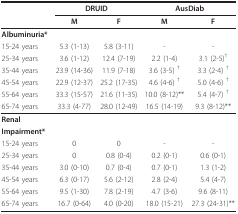
|  | <COLSPAN=2> DRUID | <COLSPAN=2> AusDiab |
 |  | M | F | M | F |
 | --- | --- | --- | --- | --- |
 | Albuminuria* |  |  |  |  |
 | 15-24 years | 5.3 (1-13) | 5.8 (3-11) | - | - |
 | 25-34 years | 3.6 (1-12) | 12.4 (7-19) | 2.2 (1-4) | 3.1 (2-5)† |
 | 35-44 years | 23.9 (14-36) | 11.9 (7-18) | 3.6 (3-5) † | 3.3 (2-4) † |
 | 45-54 years | 22.9 (12-37) | 25.2 (17-35) | 4.6 (4-6) † | 5.0 (4-6) † |
 | 55-64 years | 33.3 (15-57) | 21.6 (11-35) | 10.0 (8-12)** | 5.4 (4-7) † |
 | 65-74 years | 33.3 (4-77) | 28.0 (12-49) | 16.5 (14-19) | 9.3 (8-12)** |
 | Renal |  |  |  |  |
 | Impairment* |  |  |  |  |
 | 15-24 years | 0 | 0 | - | - |
 | 25-34 years | 0 | 0.8 (0-4) | 0.2 (0-1) | 0.6 (0-1) |
 | 35-44 years | 3.0 (0-10) | 0.7 (0-4) | 0.7 (0-1) | 1.3 (1-2) |
 | 45-54 years | 6.3 (0-17) | 5.6 (2-12) | 2.8 (2-4) | 5.4 (4-7) |
 | 55-64 years | 9.5 (1-30) | 7.8 (2-19) | 4.7 (3-6) | 9.6 (8-11) |
 | 65-74 years | 16.7 (0-64) | 4.0 (0-20) | 18.0 (15-21) | 27.3 (24-31)** |